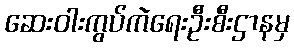
ဆေးဝါးကွပ်ကဲရေးဦးစီးဌာနမှ